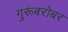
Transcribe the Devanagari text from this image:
गुरूंबरोबर